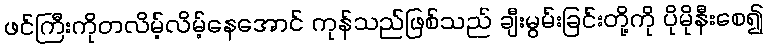
ဖင်ကြီးကိုတလိမ့်လိမ့်နေအောင် ကုန်သည်ဖြစ်သည် ချီးမွမ်းခြင်းတို့ကို ပိုမိုနီးစေ၍